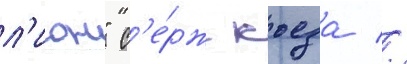
л'ион" с'е́рж кьеза //